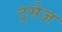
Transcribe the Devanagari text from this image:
ट्रसेज़